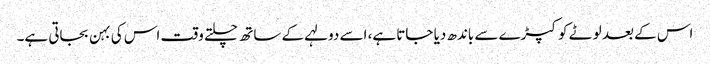
اس کے بعد لوٹے کوکپڑے سے باندھ دیا جاتا ہے، اسے دولہے کے ساتھ چلتے وقت اس کی بہن بجاتی ہے۔